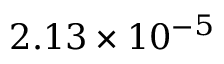
2 . 1 3 \times 1 0 ^ { - 5 }